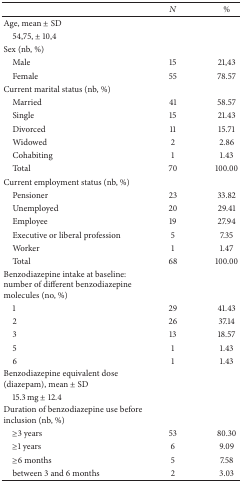
|  | N | % |
 | --- | --- | --- |
 | Age, mean ± SD |  |  |
 | 54,75, ± 10,4 |  |  |
 | Sex (nb, %) |  |  |
 | Male | 15 | 21,43 |
 | Female | 55 | 78.57 |
 | Current marital status (nb, %) |  |  |
 | Married | 41 | 58.57 |
 | Single | 15 | 21.43 |
 | Divorced | 11 | 15.71 |
 | Widowed | 2 | 2.86 |
 | Cohabiting | 1 | 1.43 |
 | Total | 70 | 100.00 |
 | Current employment status (nb, %) |  |  |
 | Pensioner | 23 | 33.82 |
 | Unemployed | 20 | 29.41 |
 | Employee | 19 | 27.94 |
 | Executive or liberal profession | 5 | 7.35 |
 | Worker | 1 | 1.47 |
 | Total | 68 | 100.00 |
 | Benzodiazepine intake at baseline: number of different benzodiazepine molecules (no, %) |  |  |
 | 1 | 29 | 41.43 |
 | 2 | 26 | 37.14 |
 | 3 | 13 | 18.57 |
 | 5 | 1 | 1.43 |
 | 6 | 1 | 1.43 |
 | Benzodiazepine equivalent dose (diazepam), mean ± SD |  |  |
 | 15.3 mg ± 12.4 |  |  |
 | Duration of benzodiazepine use before inclusion (nb, %) |  |  |
 | ≥3 years | 53 | 80.30 |
 | ≥1 years | 6 | 9.09 |
 | ≥6 months | 5 | 7.58 |
 | between 3 and 6 months | 2 | 3.03 |